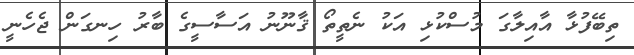
ތިބޭފުޅާ އާއިލާގަ މުސްކުޅި އަކު ނެތީތޯ ޤާނޫނު އަސާސީގެ ބާރު ހިނގަން ޖެހެނީ